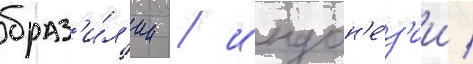
браз'и́л'ии / индон'е́з'ии /